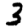
Digit: 3